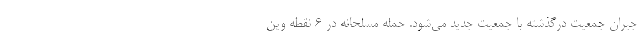
جبران جمعیت درگذشته با جمعیت جدید می‌شود. حمله مسلحانه در ۶ نقطه وین